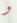
و